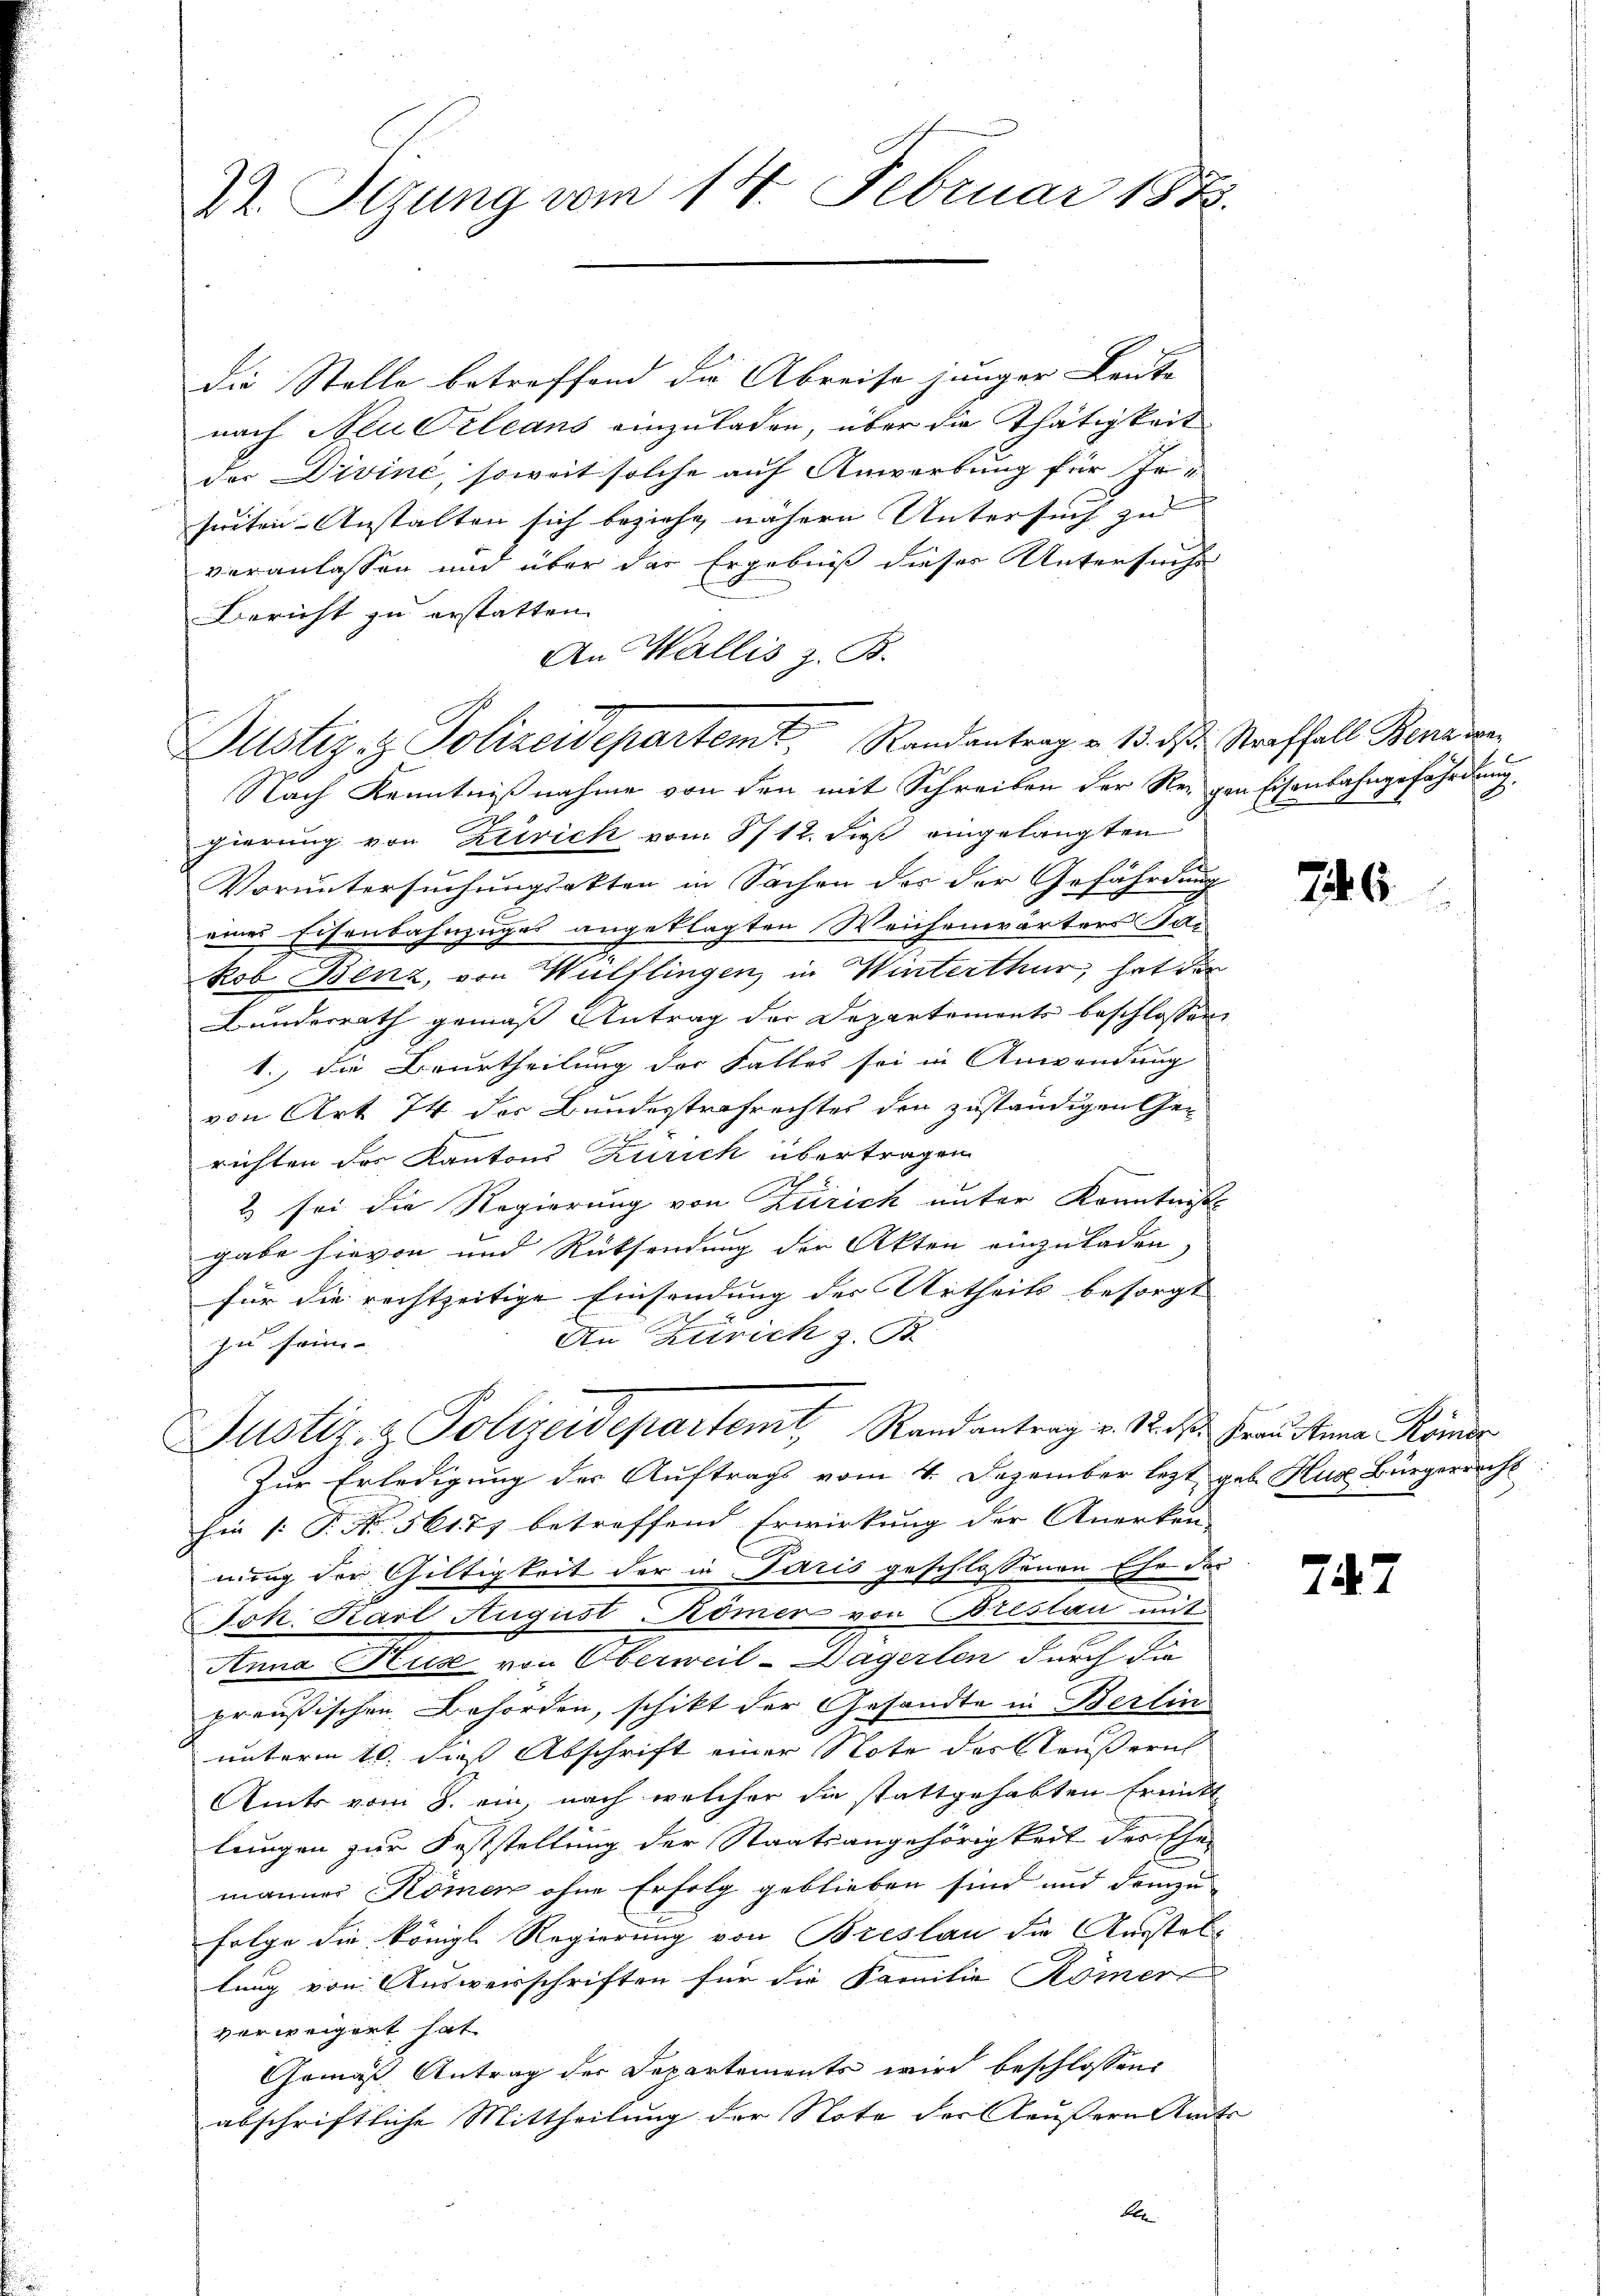
t. Sizung vom 14. Februar 1883.

die Stelle betreffend die Abreise junger Leute
nach Neu Orleans einzuladen, über die Thätigkeit
der Divine, soweit solche auf Anwerbung für steseiten-Anstalten sich beziehe nähern Untersuch zu
veranlassen und über der Ergebniß dieser Untersuche
Bericht zu erstatten.
An Wallis z. B.
Nach Kenntnißnahme von den mit Schreiben der Regen Eisenbahngefährdung.
gierung von Zutrick vom 8/12. dieß eingelangten
Voruntersuchungsakten in Sachen der der Gefährdung
x
eines Eisenbahnzuges angeklagten Weichenwärters Sac
kob Benz, von Wülflingen, in Winterthur, hat der
Bundesrath gemäß Antrag der Departements beschlossen:
1., die Beurtheilung der Falles sei in Anwendung
von Art 74 des Bundesstrafrechtes den zuständigen Gerichten des Kantons Zürich übertragen
A 2
2 sei die Regierung von Zürich unter Kenntniße
gabe hievon und Rücksendung der Akten einzuladen
für die rechtzeitige Einsendung des Urtheils besorgt |
 2
An Zürich z. B
zu sei- |
Justiz- & Polizeidepartemt, Randantrag v. Stadt Frau dena Römer
Zur Erledigung der Auftrags vom 4. Dezember lezt geb. Hus Bürgerrecht
hie /: P. Nr. 56177 betreffend Erwirkung der Anerken-
nung der Gültigkeit der in Paris geschlossenen Ehe der
ok. Karl August Römer von Breslau mit
Anna Puz von Oberweil-Dägerten durch die
preußischen Behörden, schikt der Gesandte in Berlin
unterm 10. die Abschrift einer Note der Stäußern
Amts vom 8. ein, nach welcher die stattgehabten Ermitte
lungen zur Feststellung der Staatsangehörigkeit der Ehe-
männer Komen ohne Erfolg geblieben sind und demzu
folge die königl. Regierung von Breslau die Ausstellung von Ausweisschriften für die Familie Römer
verweigert hat
Gemäß Antrag der Departements wird beschlossen:
abschriftliche Mittheilung der Note der Aeußern Amts
Be

Justiz & Polizeidepartemt Randantrag v. 13. ds. Straffall Benewa

746.

747